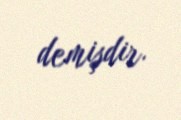
demişdir.